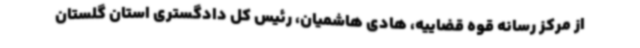
از مرکز رسانه قوه قضاییه، هادی هاشمیان، رئیس کل دادگستری استان گلستان